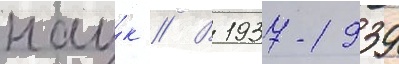
нау́к // В 1937-1939